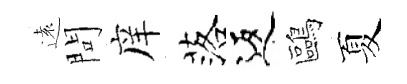
遠問庠落返鷗夏